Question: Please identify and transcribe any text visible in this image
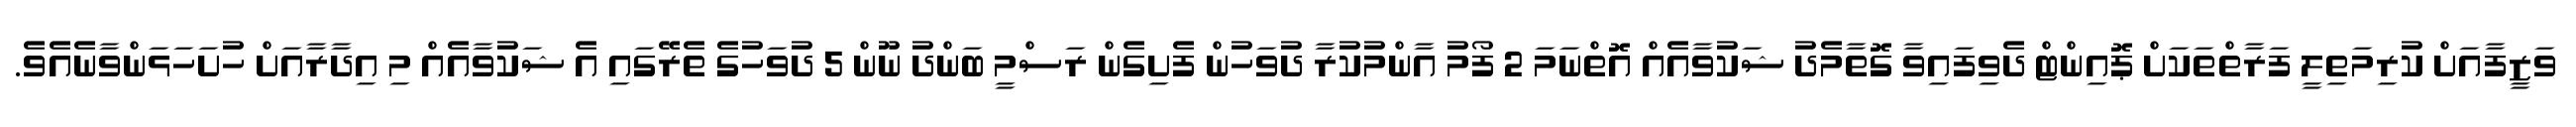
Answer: ވަޒީފާއަށް ކުރިމަތިލީ ފަރާތްތަކަށް ޕޮއިންޓް ދެވިފައިވާ ގޮތާމެދު ޝަކުވާއެއް އޮތްނަމަ 2 ފޯމު އާންމުކުރާ ދުވަހުން ފެށިގެން ރަސްމީ ބަންދު ނޫން 5 ދުވަހުގެ ތެރޭގައި އެ ޝަކުވާއެއް މި އިދާރާއަށް ހުށަހަޅަންވާނެއެވެ.